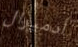
أدميرال